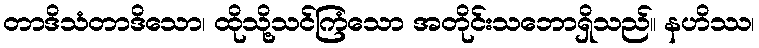
တာဒိသံတာဒိသော၊ ထိုသို့သင်ကြံသော အတိုင်းသဘောရှိသည်။ နဟိဿ၊